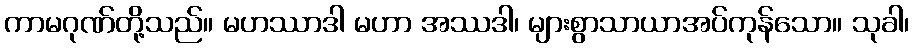
ကာမဂုဏ်တို့သည်။ မဟဿာဒါ မဟာ အဿဒါ၊ များစွာသာယာအပ်ကုန်သော။ သုခါ၊